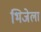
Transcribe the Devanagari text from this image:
भिजेला